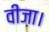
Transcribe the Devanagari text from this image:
वीज़ा।